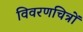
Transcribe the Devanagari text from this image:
विवरणचित्रों